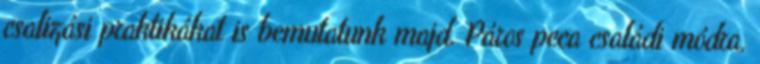
csalizási praktikákat is bemutatunk majd. Páros peca családi módra,